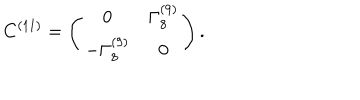
C ^ { ( 1 1 ) } = \left( \begin{matrix} { { 0 } } & { { \Gamma _ { 8 } ^ { ( 9 ) } } } \\ { { - \Gamma _ { 8 } ^ { ( 9 ) } } } & { { 0 } } \\ \end{matrix} \right) .